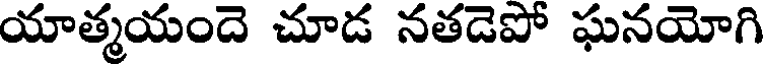
యాత్మయందె చూడ నతడెపో ఘనయోగి